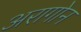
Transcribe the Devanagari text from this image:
अरागोन